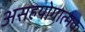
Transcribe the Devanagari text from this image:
असहयोगात्मक